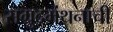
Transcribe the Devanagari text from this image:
सम्रुद्रमंथनाची